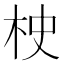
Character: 𣐳